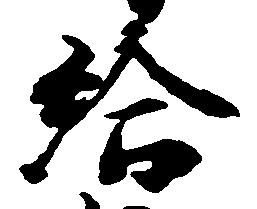
給